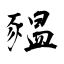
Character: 豱